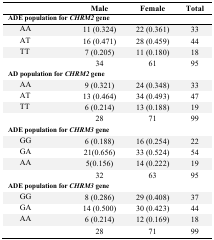
<table><thead><tr><td></td><td><b>Male</b></td><td><b>Female</b></td><td><b>Total</b></td></tr></thead><tbody><tr><td colspan="4"><b>ADE population for <i>CHRM2</i> gene</b></td></tr><tr><td>AA</td><td>11 (0.324)</td><td>22 (0.361)</td><td>33</td></tr><tr><td>AT</td><td>16 (0.471)</td><td>28 (0.459)</td><td>44</td></tr><tr><td>TT</td><td>7 (0.205)</td><td>11 (0.180)</td><td>18</td></tr><tr><td></td><td>34</td><td>61</td><td>95</td></tr><tr><td colspan="4"><b>AD population for <i>CHRM2</i> gene</b></td></tr><tr><td>AA</td><td>9 (0.321)</td><td>24 (0.348)</td><td>33</td></tr><tr><td>AT</td><td>13 (0.464)</td><td>34 (0.493)</td><td>47</td></tr><tr><td>TT</td><td>6 (0.214)</td><td>13 (0.188)</td><td>19</td></tr><tr><td></td><td>28</td><td>71</td><td>99</td></tr><tr><td colspan="4"><b>ADE population for <i>CHRM3</i> gene</b></td></tr><tr><td>GG</td><td>6 (0.188)</td><td>16 (0.254)</td><td>22</td></tr><tr><td>GA</td><td>21(0.656)</td><td>33 (0.524)</td><td>54</td></tr><tr><td>AA</td><td>5(0.156)</td><td>14 (0.222)</td><td>19</td></tr><tr><td></td><td>32</td><td>63</td><td>95</td></tr><tr><td colspan="4"><b>ADE population for <i>CHRM3</i> gene</b></td></tr><tr><td>GG</td><td>8 (0.286)</td><td>29 (0.408)</td><td>37</td></tr><tr><td>GA</td><td>14 (0.500)</td><td>30 (0.423)</td><td>44</td></tr><tr><td>AA</td><td>6 (0.214)</td><td>12 (0.169)</td><td>18</td></tr><tr><td></td><td>28</td><td>71</td><td>99</td></tr></tbody></table>